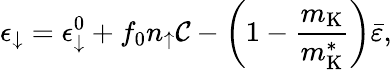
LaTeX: \epsilon_{\downarrow}=\epsilon_{\downarrow}^{0}+f_{0}n_{\uparrow}\mathcal{C}-\left(1-\frac{m_{\mathrm{K}}}{m_{\mathrm{K}}^{*}}\right)\bar{\varepsilon},